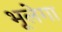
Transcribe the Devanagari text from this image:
भूलेगा